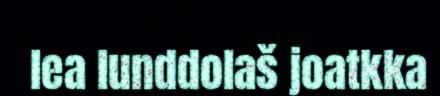
lea lunddolaš joatkka